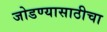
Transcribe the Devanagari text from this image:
जोडण्यासाठीचा